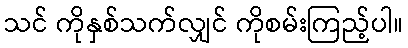
သင် ကိုနှစ်သက်လျှင် ကိုစမ်းကြည့်ပါ။